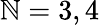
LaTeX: \mathbb{N}=3,4